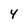
Character: 4